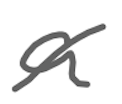
Text: a
Cross-out: diagonal
Writing tool: digital_gray